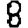
Digit: 8